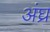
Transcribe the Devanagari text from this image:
अंघ्र